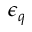
\epsilon _ { q }